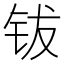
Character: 钹